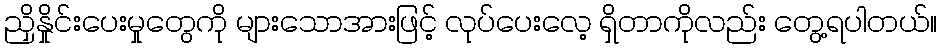
ညှိနှိုင်းပေးမှုတွေကို များသောအားဖြင့် လုပ်ပေးလေ့ ရှိတာကိုလည်း တွေ့ရပါတယ်။